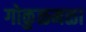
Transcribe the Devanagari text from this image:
गोकुळमळा